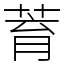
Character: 𦱀